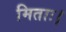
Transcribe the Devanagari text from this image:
मिताः।